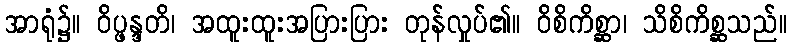
အာရုံ၌။ ဝိပ္ဖန္ဒတိ၊ အထူးထူးအပြားပြား တုန်လှုပ်၏။ ဝိစိကိစ္ဆာ၊ သိစိကိစ္ဆသည်။